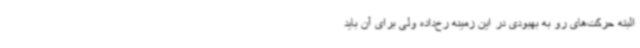
البته حرکت‌های رو به بهبودی در این زمینه رخ‌داده ولی برای آن باید